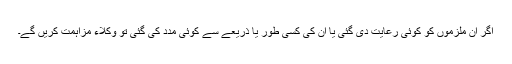
اگر ان ملزموں کو کوئی رعایت دی گئی یا ان کی کسی طور یا ذریعے سے کوئی مدد کی گئی تو وکلاء مزاہمت کریں گے۔